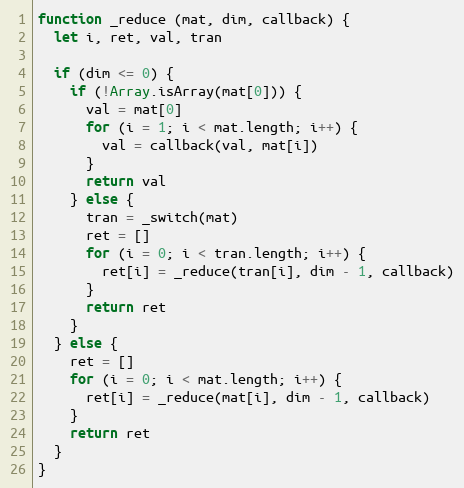
Language: JavaScript
function _reduce (mat, dim, callback) {
  let i, ret, val, tran

  if (dim <= 0) {
    if (!Array.isArray(mat[0])) {
      val = mat[0]
      for (i = 1; i < mat.length; i++) {
        val = callback(val, mat[i])
      }
      return val
    } else {
      tran = _switch(mat)
      ret = []
      for (i = 0; i < tran.length; i++) {
        ret[i] = _reduce(tran[i], dim - 1, callback)
      }
      return ret
    }
  } else {
    ret = []
    for (i = 0; i < mat.length; i++) {
      ret[i] = _reduce(mat[i], dim - 1, callback)
    }
    return ret
  }
}